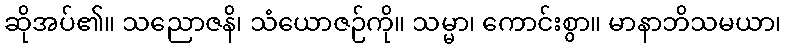
ဆိုအပ်၏။ သညောဇနိ၊ သံယောဇဉ်ကို။ သမ္မာ၊ ကောင်းစွာ။ မာနာဘိသမယာ၊